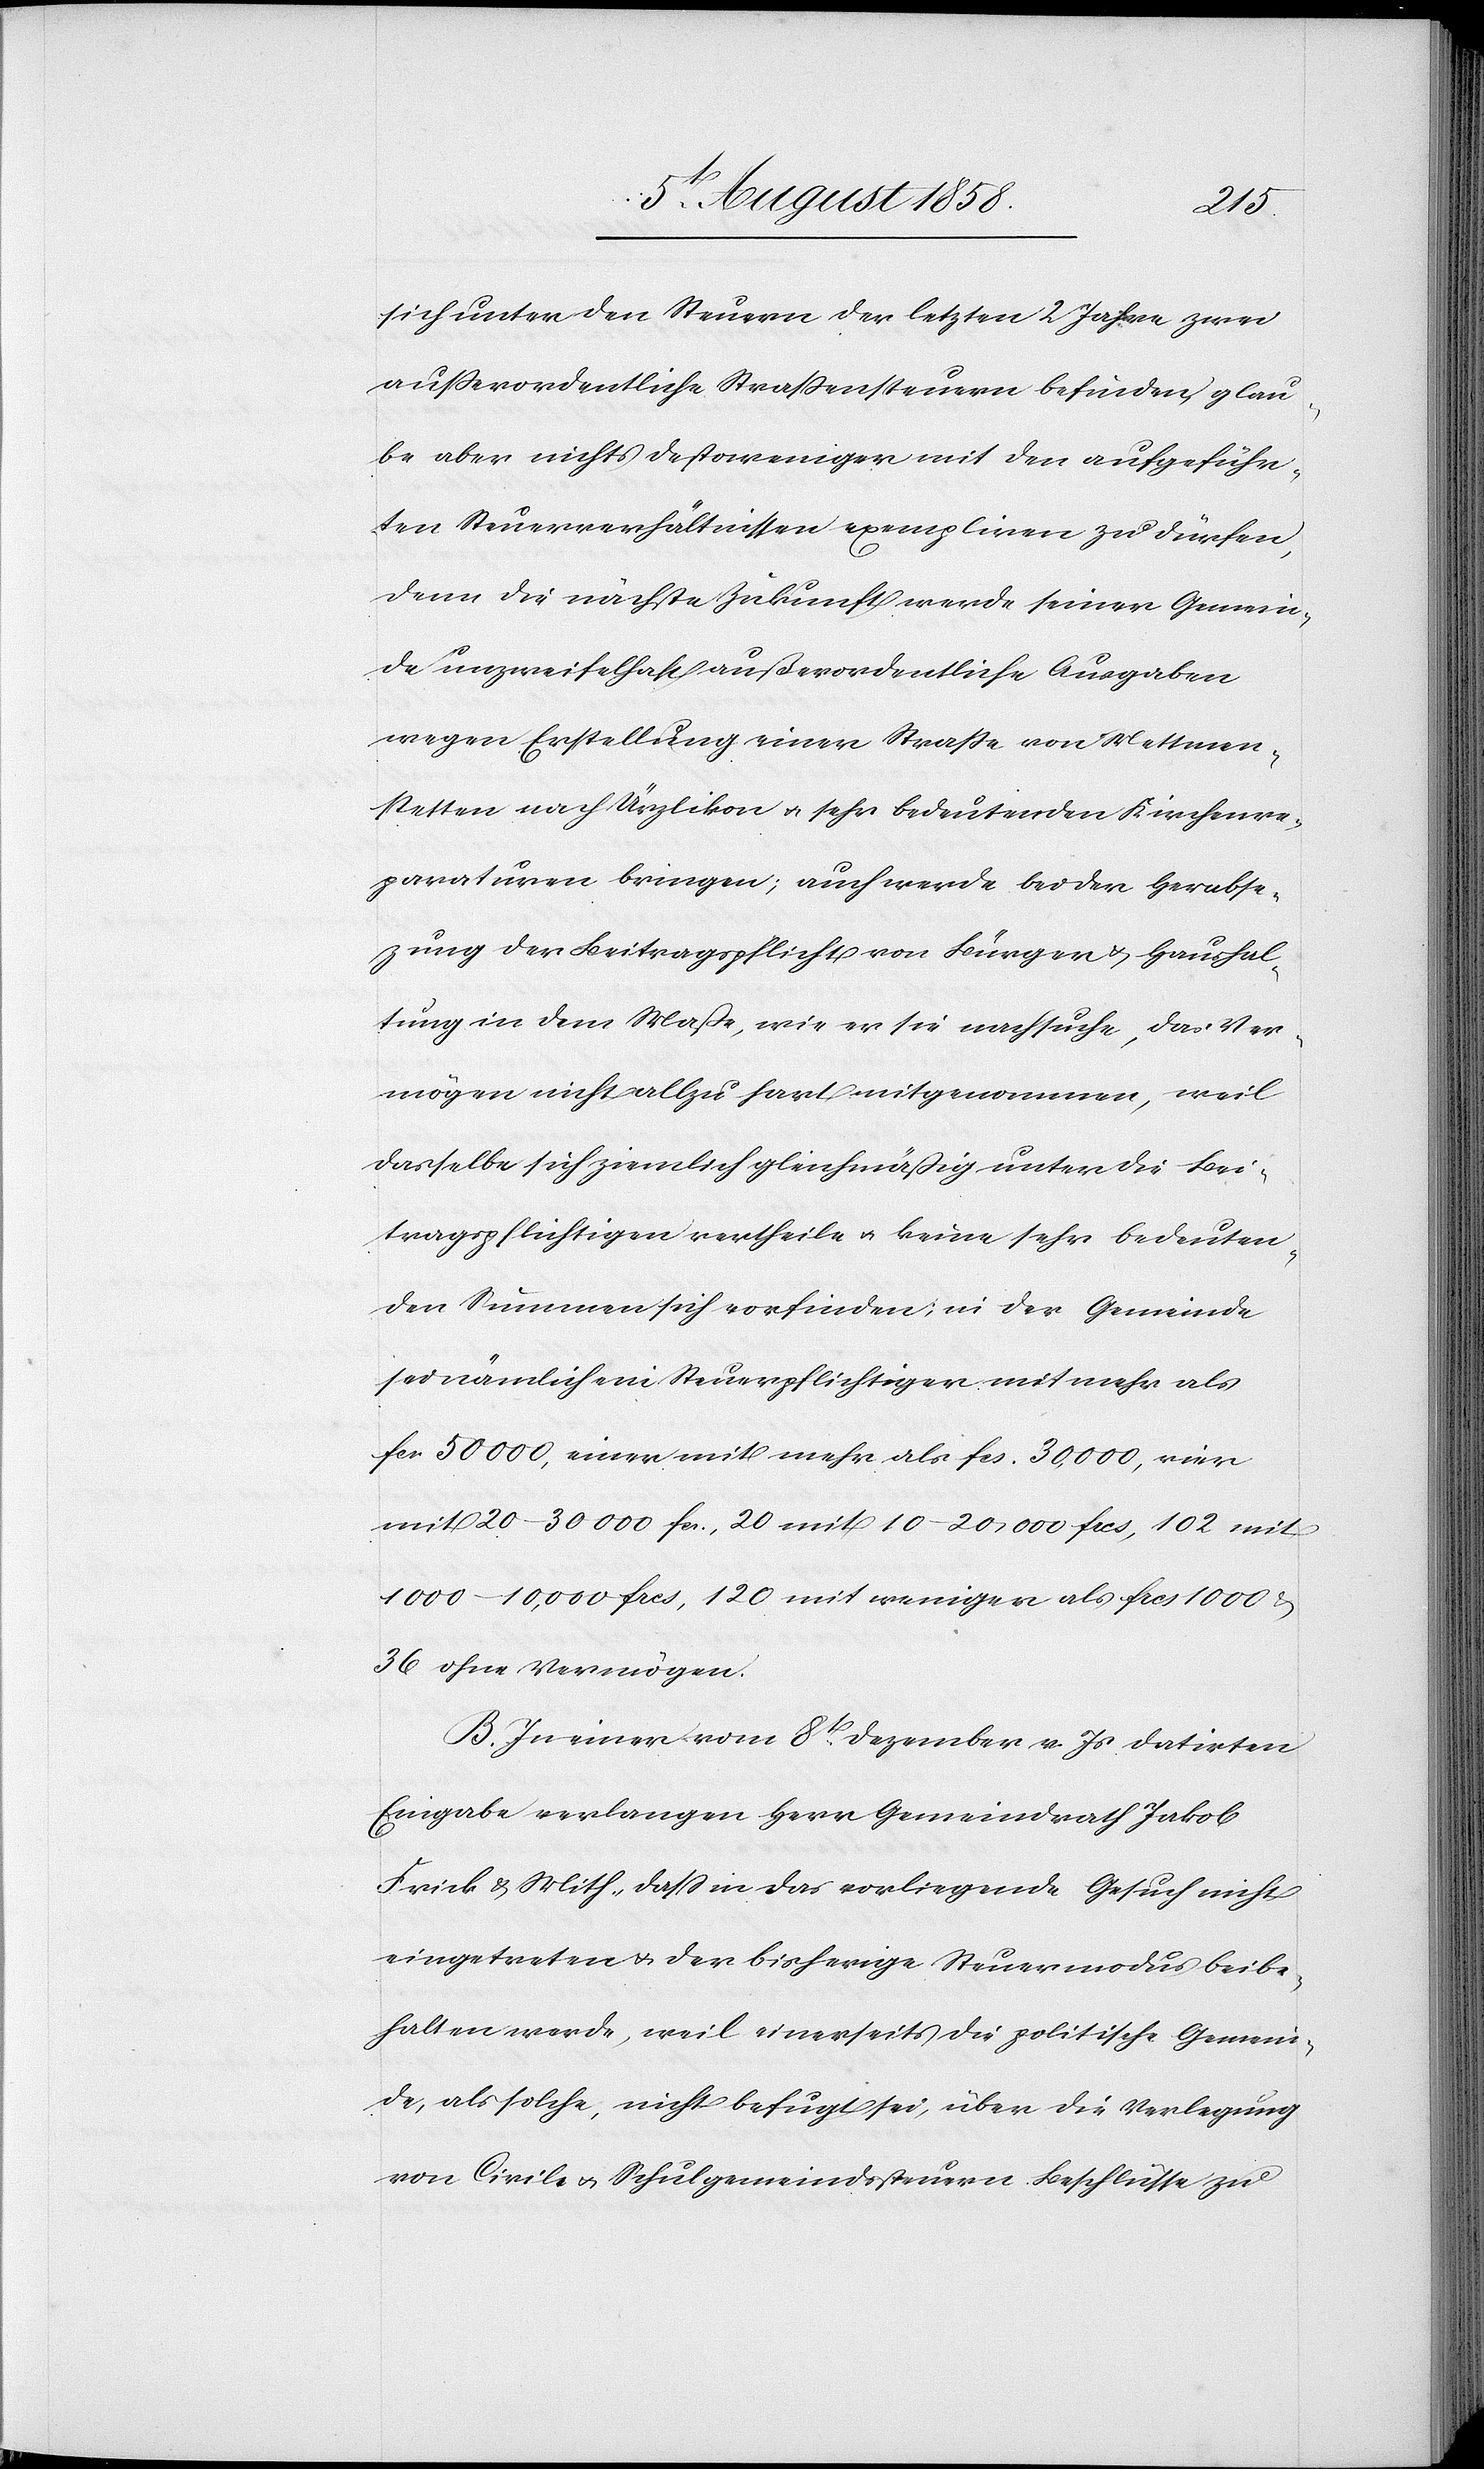
sich unter den Steuern der letzten 2 Jahre zwei
ausserordentliche Strassensteuern befinden, glau¬
be aber nichts destoweniger mit den aufgeführ¬
ten Steuerverhältnissen exempliren zu dürfen,
denn die nächste Zukunft werde seiner Gemein¬
de unzweifelhaft außerordentliche Ausgaben
wegen Erstellung einer Strasse von Mettmen¬
stetten nach Ürzlikon & sehr bedeutenden Kirchenre¬
paraturen bringen; auch werde bei der Herabs¬
e[t]zung der Beitragspflicht von Bürger & Haushal¬
tung in dem Maße, wie er sie nachsuche, das Ver¬
mögen nicht allzu hart mitgenommen, weil
dasselbe sich ziemlich gleichmäßig unter die Bei¬
tragspflichtigen vertheile & keine sehr bedeuten¬
den Summen sich vorfinden; in der Gemeinde
sei nämlich ein Steuerpflichtiger mit mehr als
fcs. 50 000, einer mit mehr als fcs. 30,000, vier
mit 20–30 000 fcs., 20 mit 10–20,000 frcs., 102 mit
1000–10,000 frcs., 120 mit weniger als frcs. 1000 &
36 ohne Vermögen.
B. In einer vom 8t. Dezember v. Js datirten
Eingabe verlangen Herr Gemeindrath Jakob
Frick & Mith., dass in das vorliegende Gesuch nicht
eingetreten & der bisherige Steuermodus beibe¬
halten werde, weil einerseits die politische Gemein¬
de, als solche, nicht befugt sei, über die Verlegung
von Civil- & Schulgemeindssteuern Beschlüsse zu